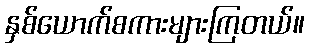
နှစ်ယောက်စကားများကြတယ်။